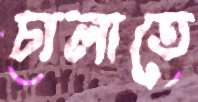
চালাতে